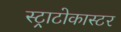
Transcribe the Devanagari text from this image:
स्ट्राटोकास्टर